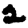
Digit: 2